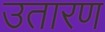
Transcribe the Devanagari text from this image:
उतारण